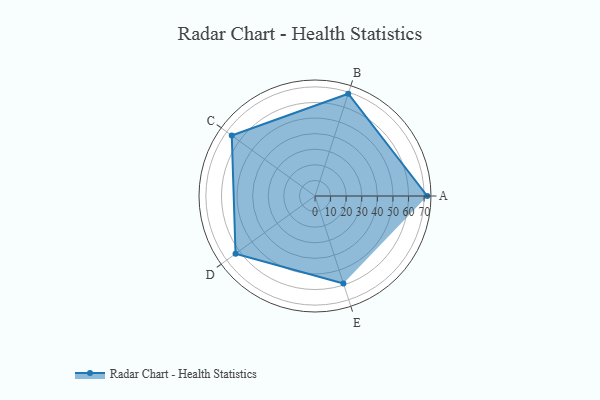
{"axis": {"x": "Skill", "y": "Score"}, "legend": ["Profile"], "data": [{"x": "A", "y": 72.0, "type": "Profile"}, {"x": "B", "y": 69.0, "type": "Profile"}, {"x": "C", "y": 66.0, "type": "Profile"}, {"x": "D", "y": 63.0, "type": "Profile"}, {"x": "E", "y": 59.0, "type": "Profile"}]}